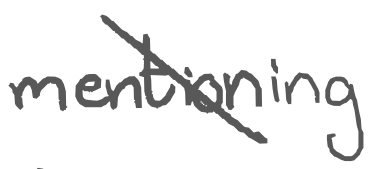
Text: mentioning
Cross-out: diagonal
Writing tool: digital_gray